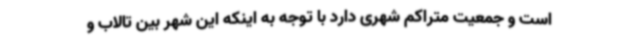
است و جمعیت متراکم شهری دارد با توجه به اینکه این شهر بین تالاب و